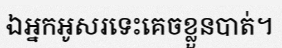
ឯអ្នកអូសរទេះគេចខ្លួនបាត់។